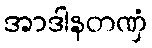
အာဒါနတဏှံ